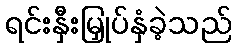
ရင်းနှီးမြှုပ်နှံခဲ့သည်